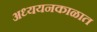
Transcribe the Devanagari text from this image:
अध्ययनकाळात